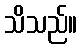
သိသည်။